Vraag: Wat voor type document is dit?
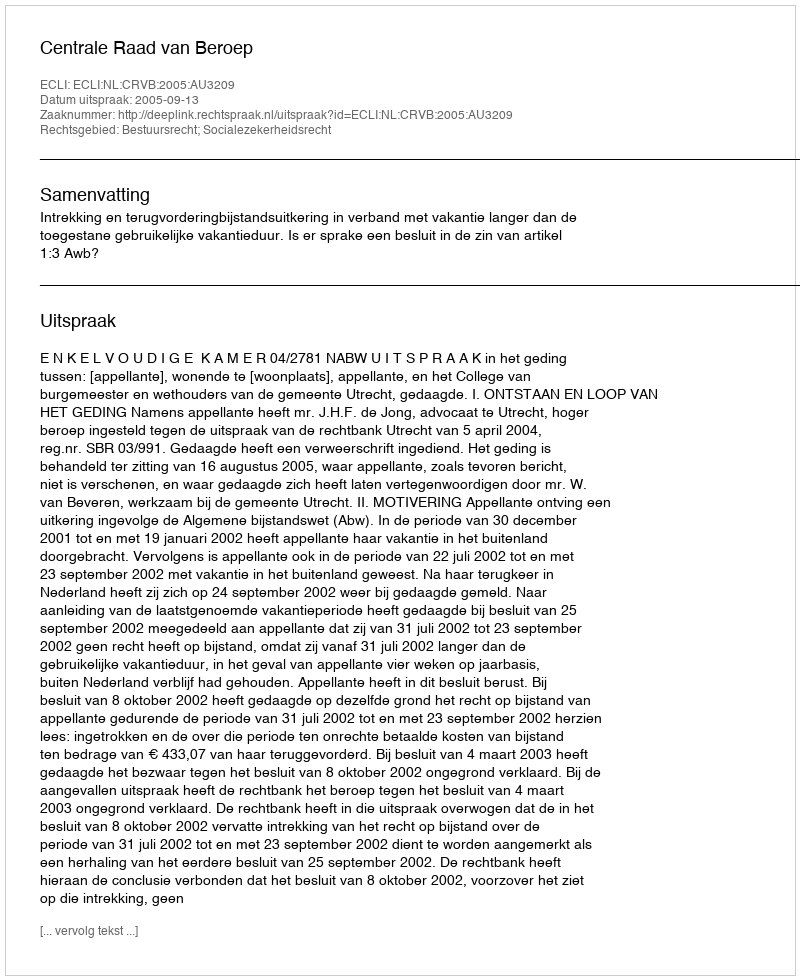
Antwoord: Uitspraak